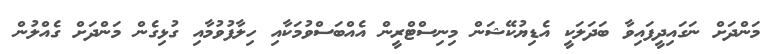
މަންދަށް ނަގައިދީފައިވާ ބަދަލަކީ އެޑިޔުކޭޝަން މިނިސްޓްރީން އެއްބަސްވުމަކާއި ހިލާފުވުމާއި ގުޅިގެން މަންދަށް ގެއްލުން